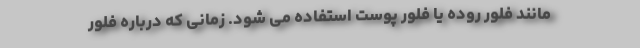
مانند فلور روده یا فلور پوست استفاده می شود. زمانی که درباره فلور